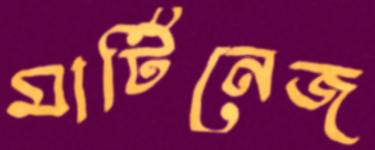
মার্টিনেজ